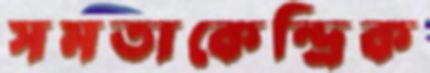
সমতাকেন্দ্রিক